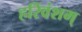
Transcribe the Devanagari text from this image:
हरिवंशम्